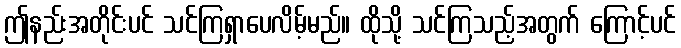
ဤနည်းအတိုင်းပင် သင်ကြရှာပေလိမ့်မည်။ ထိုသို့ သင်ကြသည့်အတွက် ကြောင့်ပင်